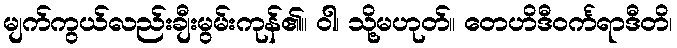
မျက်ကွယ်လည်းချီးမွမ်းကုန်၏။ ဝါ၊ သို့မဟုတ်။ တေဟိဒီဝင်္ကရာဒီတိ၊